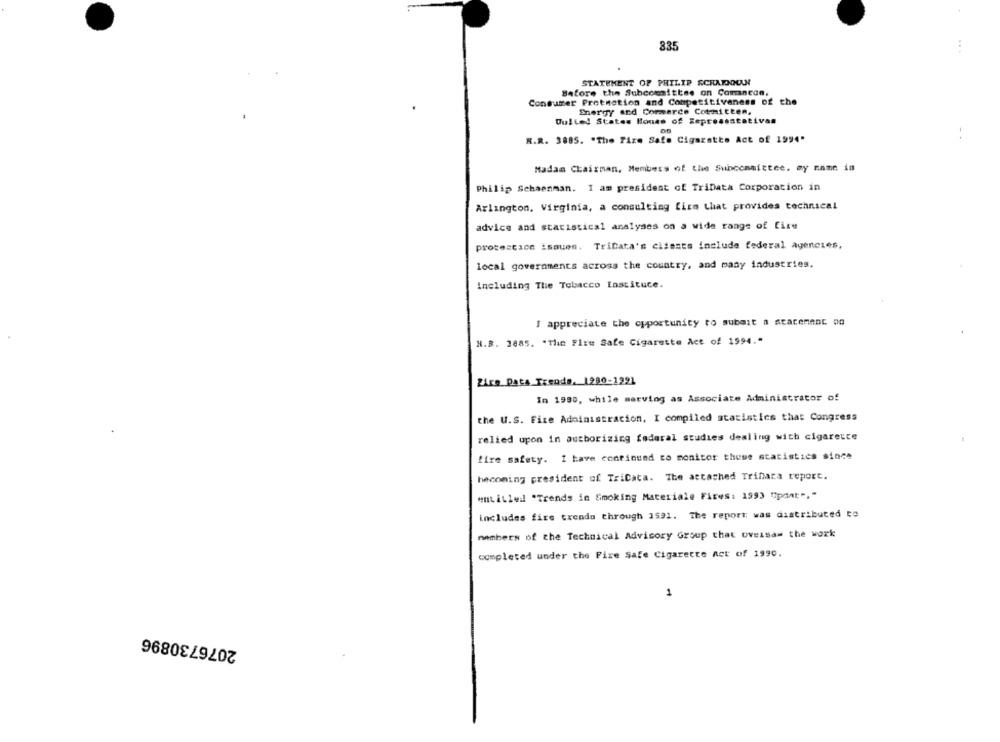
835
STATEMENT OF PHILIP SCHAROOUI
Before the Subcommittee on Comancan.
Consumer Protection and Competitiveness of the
Energy and Commerce Cotmitten,
Dulled States House of Representativas
S.R. 3885. "The Tize Safe Cigaratte Act of 1994"
Madan Chairman, Members of the Subcommittee, my name is
Philip Schaenman. I am president of TriData Corporation in
Arlington, Virginia, a consulting firm that provides technical
advice and statistical analyses on a wide range of fire
procescace issues. Tribata's clients include federal agencies,
local governments across the country, and many industries.
including The Tobacco Instituce.
I appreciate the opportunity to submit a statement po
H.B. 1885. "The Fire Sate Cigarette Act of 1994."
Zire Pata Trends. 1280-1991
In 1980, while marving as Associate Administrator of
the U.S. Fize Administracion, I compiled statistics that Congress
relied upon in authorizing federal studies dealing with cigarette
fire safety. I have continued to monitor theme statistics since
becoming president of TriCata. The attached Trihara report.
entitled "Trends in Smoking Materiale Fires: 1993 "pdat"."
includes fire trendo through 1591. The report: was distributed to
members of the Technical Advisory Group that oversaw the work
completed under the Fixe Safe Cigarette net of 1990.
1
2076730896